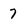
Character: 7